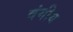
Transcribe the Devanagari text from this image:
वंगीय